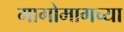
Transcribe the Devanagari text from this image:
मागोमागच्या